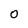
Character: 0